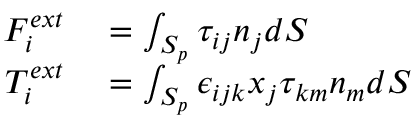
\begin{array} { r l } { F _ { i } ^ { e x t } } & { { } = \int _ { S _ { p } } \tau _ { i j } n _ { j } d S } \\ { T _ { i } ^ { e x t } } & { { } = \int _ { S _ { p } } \epsilon _ { i j k } x _ { j } \tau _ { k m } n _ { m } d S } \end{array}